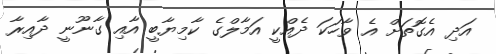
އަދި އެގޮތަށް އެ ވާހަކަ ދެއްކީ އަމާލްގެ ކާމިޔާބީ އާއި ގާނޫނީ ދާއިރާ